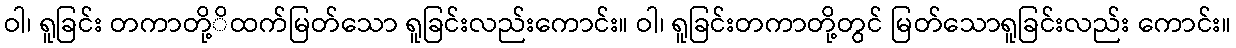
ဝါ၊ ရူခြင်း တကာတို့ိထက်မြတ်သော ရူခြင်းလည်းကောင်း။ ဝါ၊ ရူခြင်းတကာတို့တွင် မြတ်သောရူခြင်းလည်း ကောင်း။